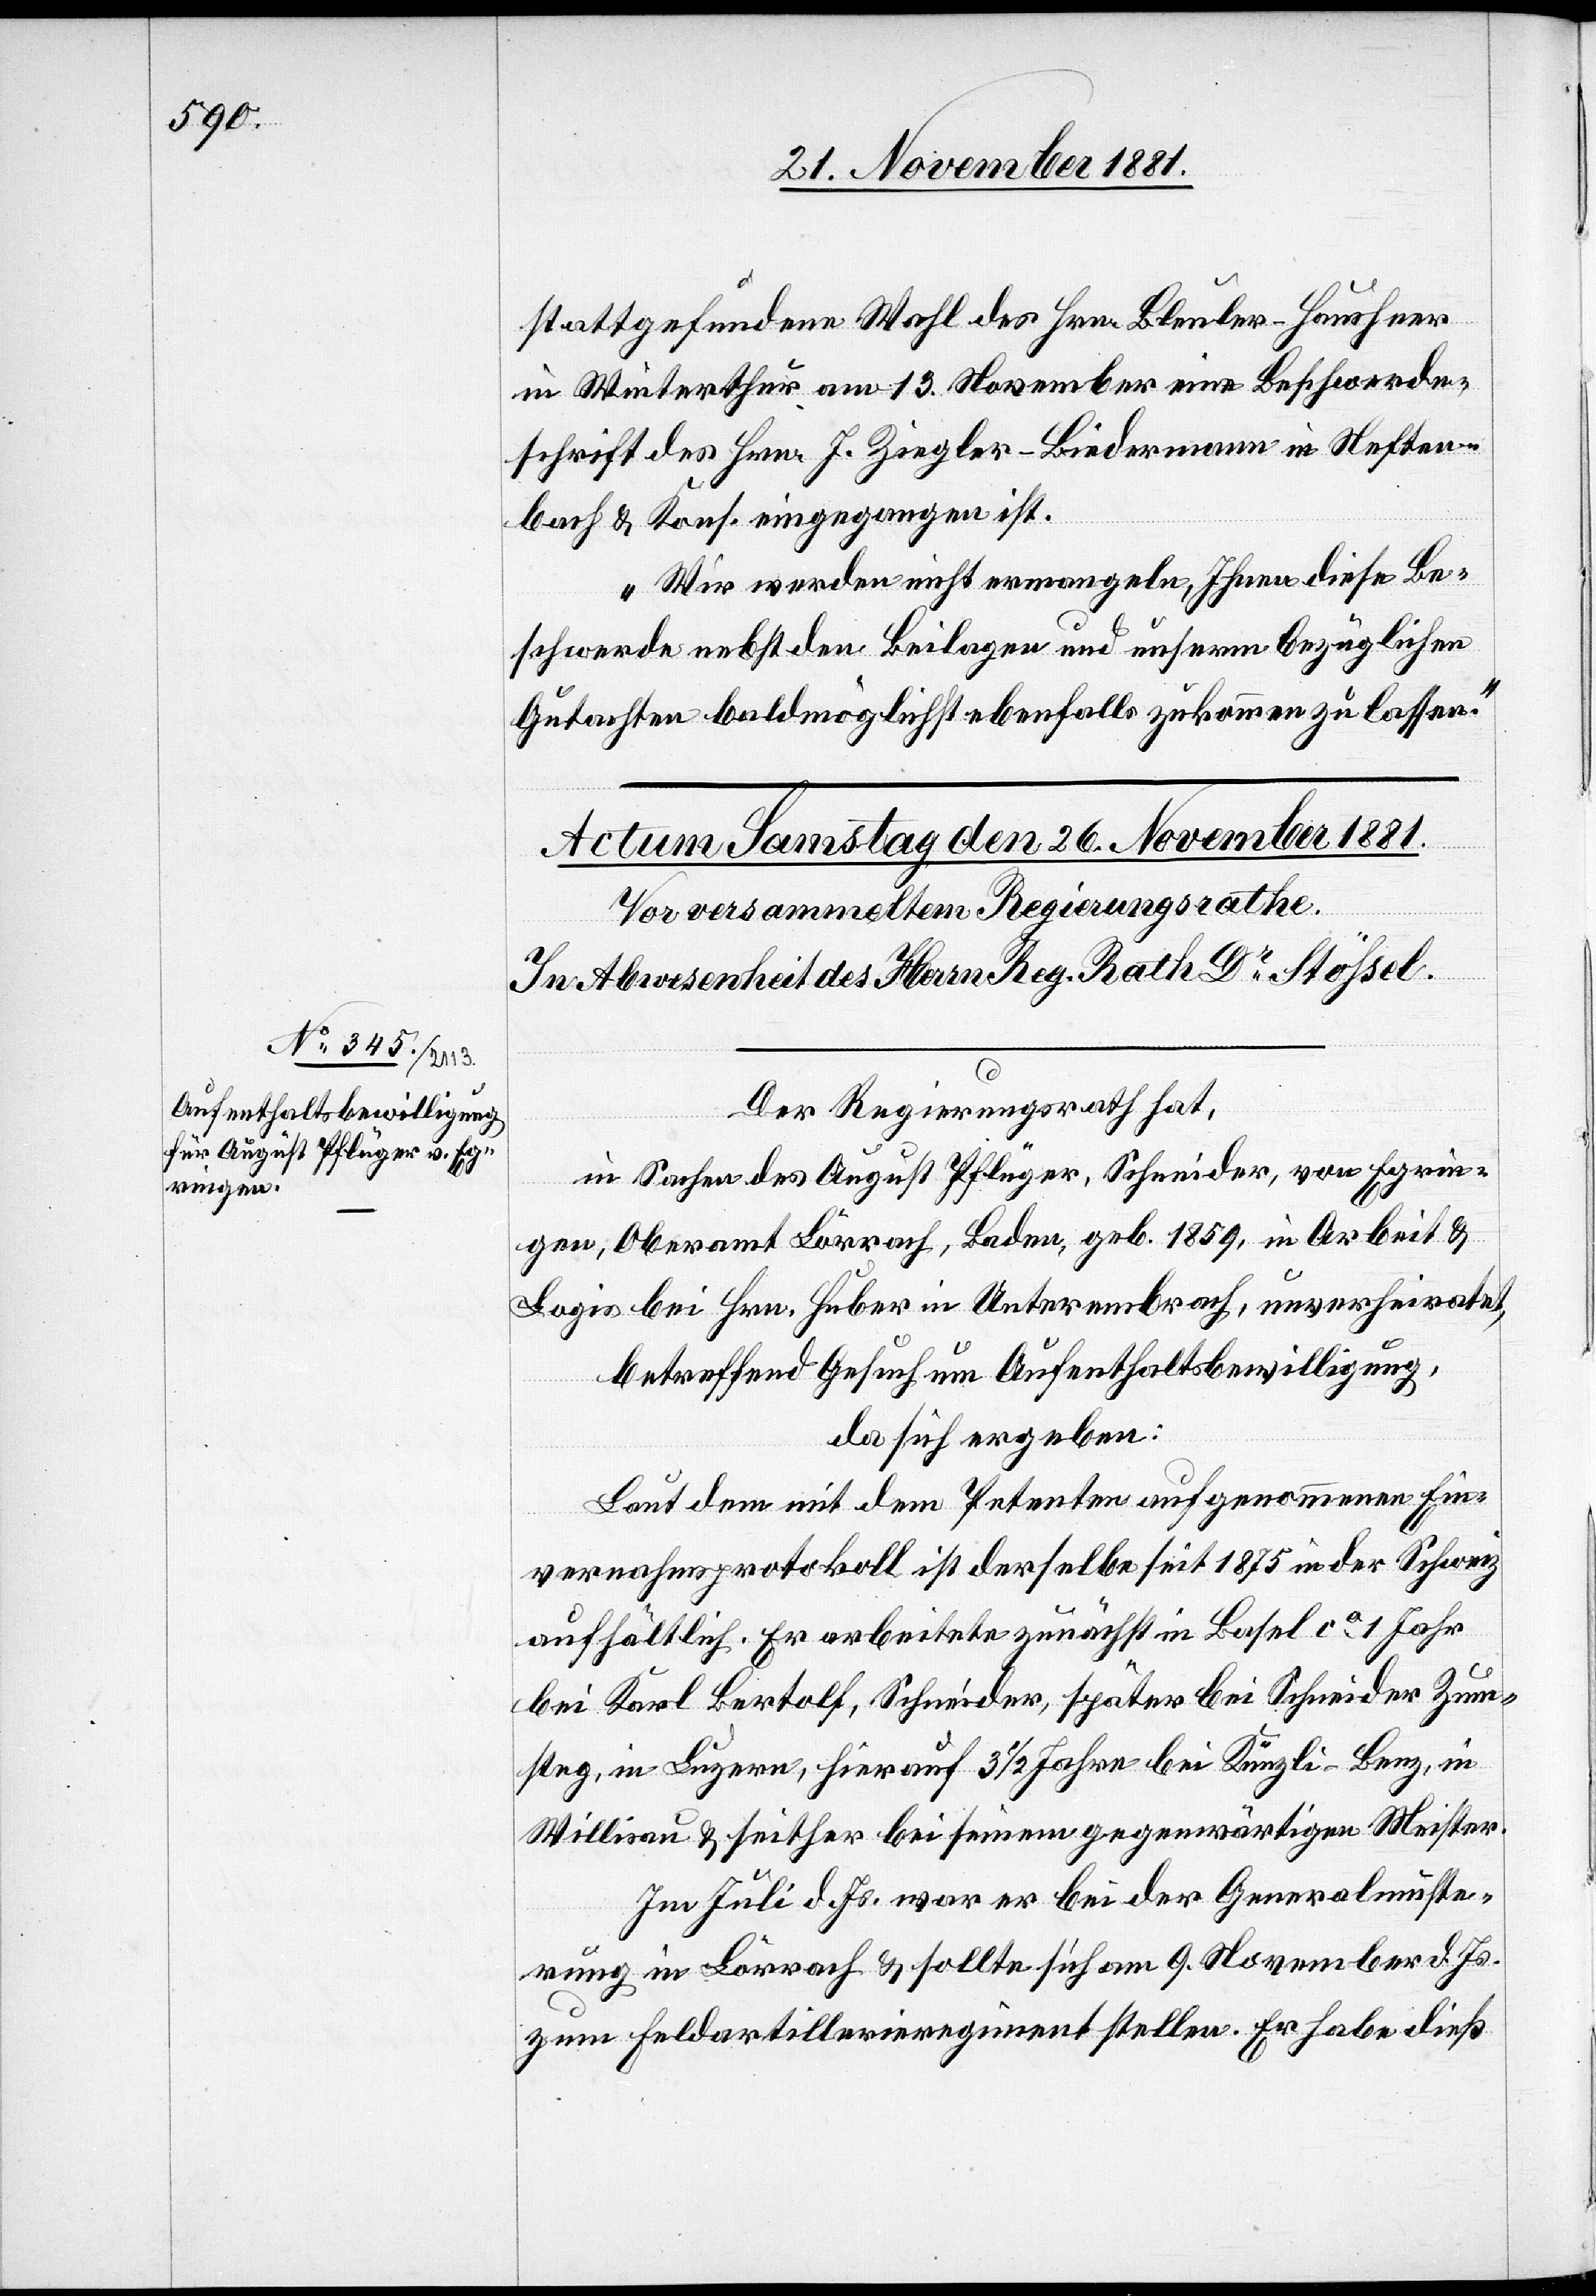
9. November d.
stattgefundene Wahl des Hrn. Bleuler-Hausheer
in Winterthur am 13. November eine Beschwerde¬
schrift des Hrn. J. Ziegler-Liedermann in Neften¬
bach & Kons. eingegangen ist.
Wir werden nicht ermangeln, Ihnen diese Be¬
schwerde nebst den Beilagen und unserm bezüglichen
Gutachten baldmöglichst ebenfalls zukommen zu lassen.“
Der Regierungsrath hat,
in Sachen des August Pflüger, Schneider, von Egrin¬
gen, Oberamt Lörrach, Baden, geb. 1859, in Arbeit &
Logis bei Hrn. Huber in Unterembrach, unverheiratet,
betreffend Gesuch um Aufenthaltsbewilligung,
da sich ergeben:
Laut dem mit dem Petenten aufgenommenen Ein¬
vernahmsprotokoll ist derselbe seit 1875 in der Schweiz
aufhältlich. Er arbeitete zunächst in Basel ca 1 Jahr
bei Karl Bertolf, Schneider, später bei Schneider Zum¬
steg, in Luzern, herauf 3 1/2 Jahre bei Künzli-Benz, in
zum Feldartillerieregiment stellen. Er habe dieß